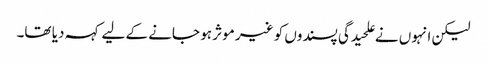
لیکن انہوں نے علحیدگی پسندوں کو غیر موثر ہو جانے کے لیے کہہ دیا تھا۔